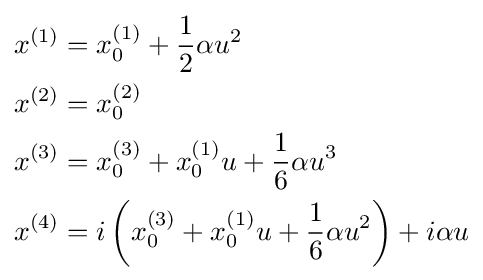
\scriptstyle {\begin{aligned}x^{(1)}&=x_{0}^{(1)}+{\frac {1}{2}}\alpha u^{2}\\x^{(2)}&=x_{0}^{(2)}\\x^{(3)}&=x_{0}^{(3)}+x_{0}^{(1)}u+{\frac {1}{6}}\alpha u^{3}\\x^{(4)}&=i\left(x_{0}^{(3)}+x_{0}^{(1)}u+{\frac {1}{6}}\alpha u^{2}\right)+i\alpha u\end{aligned}}